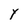
Character: Y